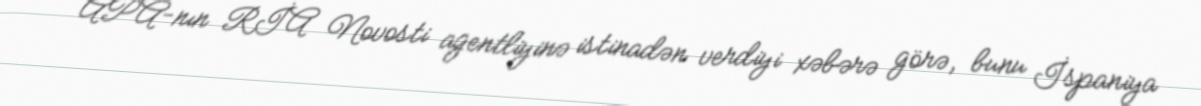
APA-nın RİA Novosti agentliyinə istinadən verdiyi xəbərə görə, bunu İspaniya